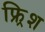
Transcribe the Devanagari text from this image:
फ्र्रिश